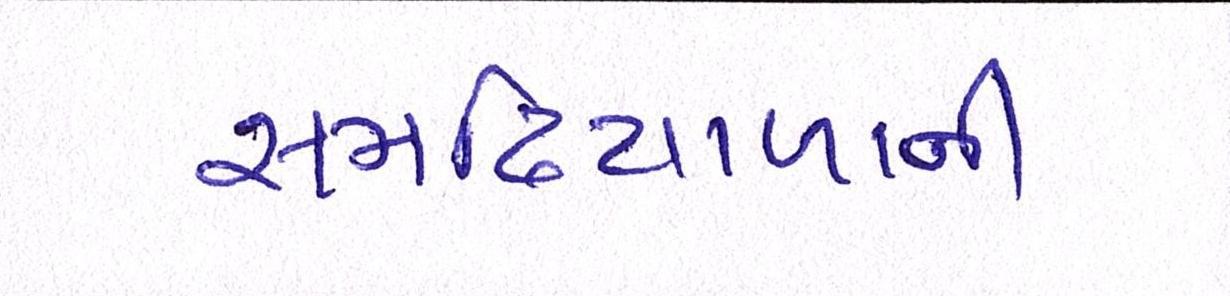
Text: સમઢિયાળાની